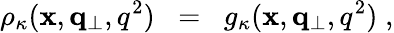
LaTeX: \rho_{\kappa}(\mathbf{x},{\mathbf{q}}_{\perp},q^{2})\; \; =\; \; g_{\kappa}(\mathbf{x},{\mathbf{q}}_{\perp},q^{2})\; ,